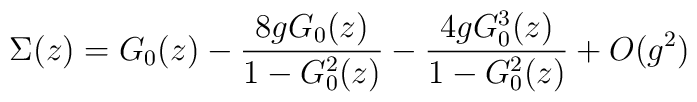
\Sigma(z) = G_{0}(z) - {8 gG_{0}(z)\over{ 1 - G^{2}_{0}(z)}} -     { 4 g G^{3}_{0}(z) \over{ 1 -G^{2}_{0}(z)}} + O(g^{2})